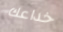
خداعك